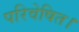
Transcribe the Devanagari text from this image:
परिवेषित।